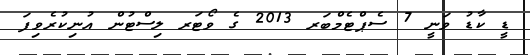
ޑީ ކާޑު ވަނީ 7 ސެޕްޓެމްބަރ 2013 ގެ ވޯޓަރ ލިސްޓުން އުނިކުރެވިފަ